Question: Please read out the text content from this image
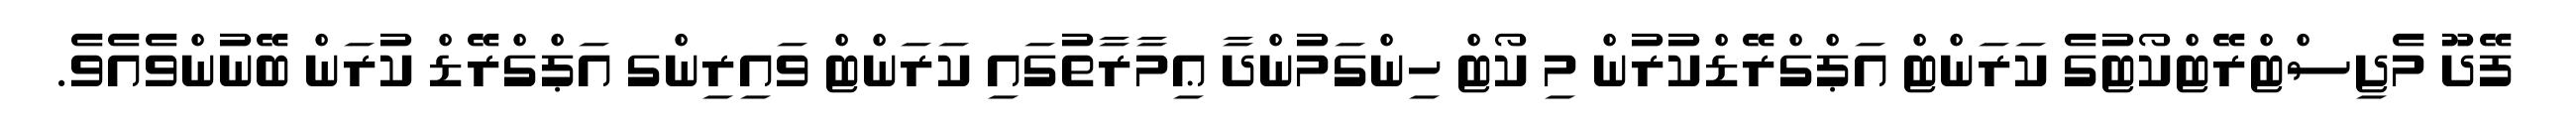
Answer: ފޭދޫ މެޖިސްޓްރޭޓްކޯޓުގެ ކަރަންޓް އަޕްގްރޭޑްކުރުން މި ކޯޓް ހިންގަމުންދާ ޢިމާރާތުގައި ކަރަންޓް ވައިރިންގ އަޕްގްރޭޑް ކުރަން ބޭނުންވެއެވެ.